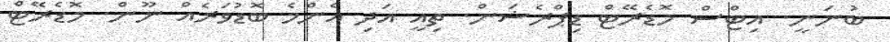
ބުނަނީ. އިޓްސް މޮޑެރޭޓް ޑިޕްރެޝަން. ތިއީ އަދި އެންމެ ބޮޑުވަރެއް ނޫން. މޮޑެރޭޓް